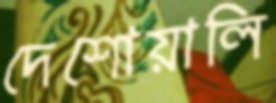
দেশোয়ালি